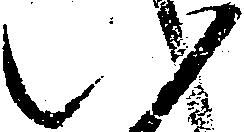
八